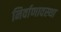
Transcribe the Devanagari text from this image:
निर्वाणावस्था